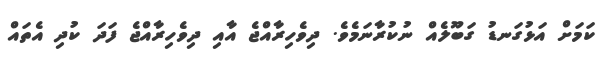
ކަމަށް އަޅުގަނޑު ގަބޫލެއް ނުކުރާނަމެވެ. ދިވެހިރާއްޖެ އާއި ދިވެހިރާއްޖެ ފަދަ ކުދި އެތައް